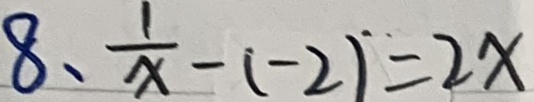
8 、 \frac { 1 } { x } - ( - 2 ) = 2 x